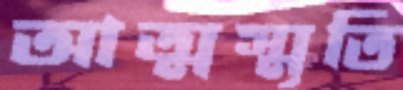
আত্মস্মৃতি